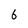
Character: 6